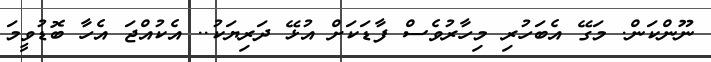
ނޫންކަން. މަގޭ އެބަހުރި މިހާރުވެސް ފާޑަކަށް އުޅޭ ދަރިޔަކު.. އެކުއްޖަ އެހާ ބޮޑުވީމަ